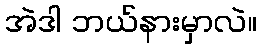
အဲဒါ ဘယ်နားမှာလဲ။